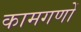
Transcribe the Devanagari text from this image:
कामगणों